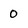
Character: 0